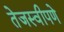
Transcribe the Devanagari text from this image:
तेजस्वीपणे